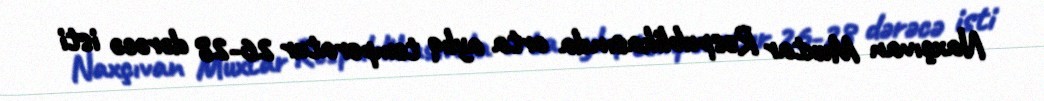
Naxçıvan Muxtar Respublikasında orta aylıq temperatur 26-28 dərəcə isti